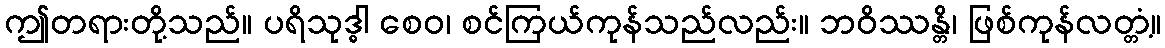
ဤတရားတို့သည်။ ပရိသုဒ္ဓါ စေဝ၊ စင်ကြယ်ကုန်သည်လည်း။ ဘဝိဿန္တိ၊ ဖြစ်ကုန်လတ္တံ့။